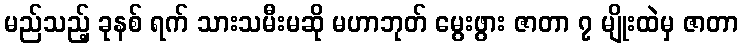
မည်သည့် ခုနစ် ရက် သားသမီးမဆို မဟာဘုတ် မွေးဖွား ဇာတာ ၇ မျိုးထဲမှ ဇာတာ